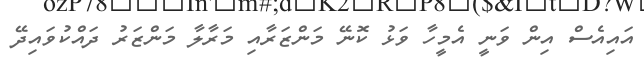
އައިއެސް އިން ވަނީ އެމީހާ ވަޅު ކޮނޭ މަންޒަރާއި މަރާލާ މަންޒަރު ދައްކުވައިދޭ